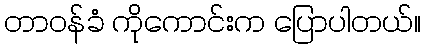
တာဝန်ခံ ကိုကောင်းက ပြောပါတယ်။